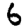
Digit: 6